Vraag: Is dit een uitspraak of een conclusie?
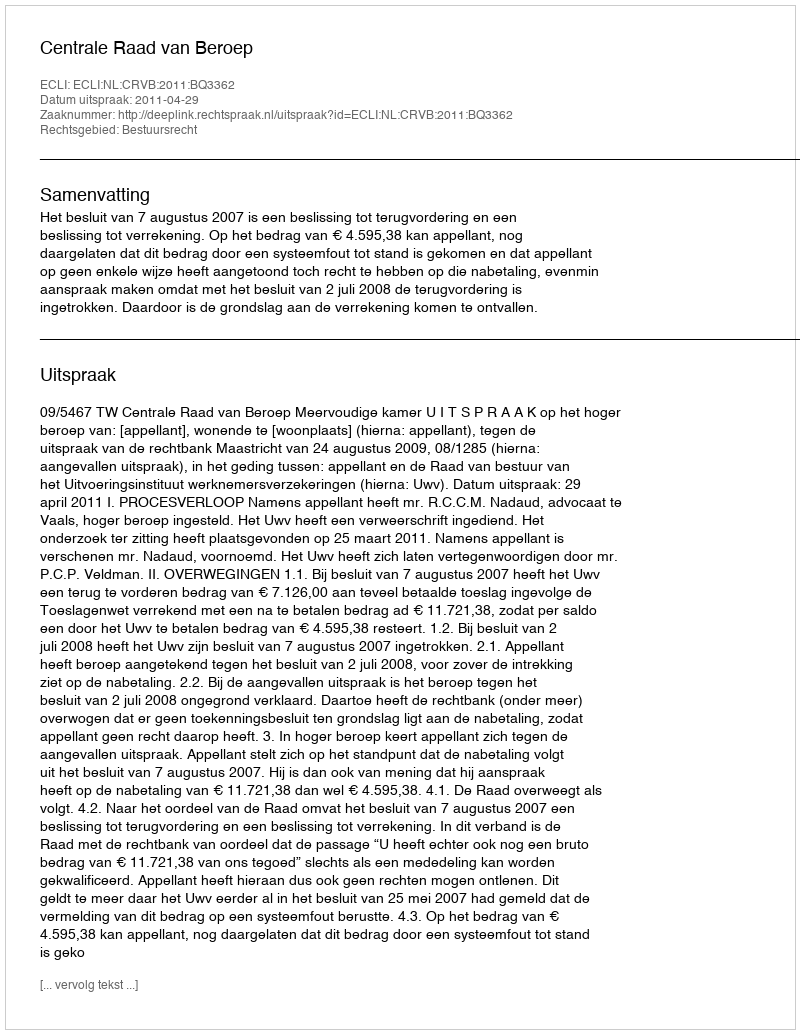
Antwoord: Uitspraak